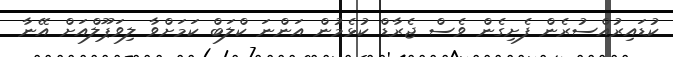
ކުޑައިރުއްސުރެން ފެށިގެން ވެސް ޖެރާޑް ކުޅެމުން އަންނަ ކްލަބް ކަމަށްވާ ލިވަޕޫލްއަށް އޭނާ